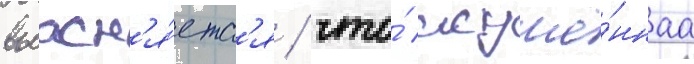
выасн'я́етс'я / что́ искушё́ннаа